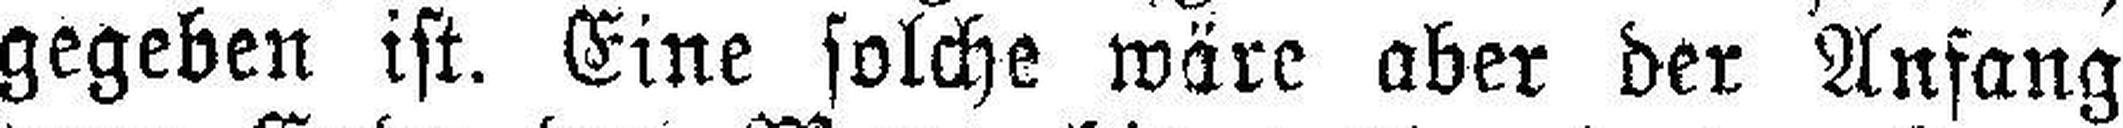
gegeben ist. Eine solche wäre aber der Anfang